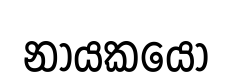
නායකයො